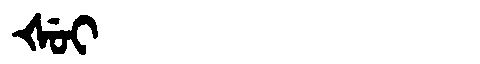
Manchu: ᡧᡠᡳ
Romanization: ŠUI